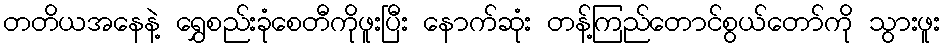
တတိယအနေနဲ့ ရွှေစည်းခုံစေတီကိုဖူးပြီး နောက်ဆုံး တန့်ကြည်တောင်စွယ်တော်ကို သွားဖူး